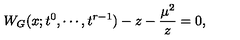
W _ { G } ( x ; t ^ { 0 } , \cdots , t ^ { r - 1 } ) - z - { \frac { \mu ^ { 2 } } { z } } = 0 ,